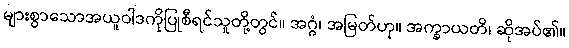
များစွာသောအယူဝါဒကိုပြုစီရင်သူတို့တွင်။ အဂ္ဂံ၊ အမြတ်ဟု။ အက္ခာယတိ၊ ဆိုအပ်၏။